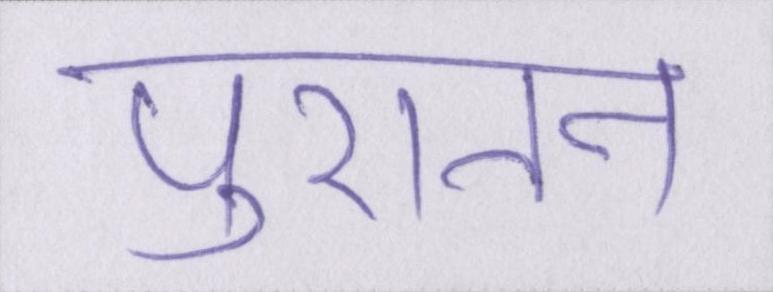
पुरातन